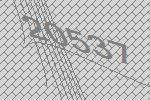
20537